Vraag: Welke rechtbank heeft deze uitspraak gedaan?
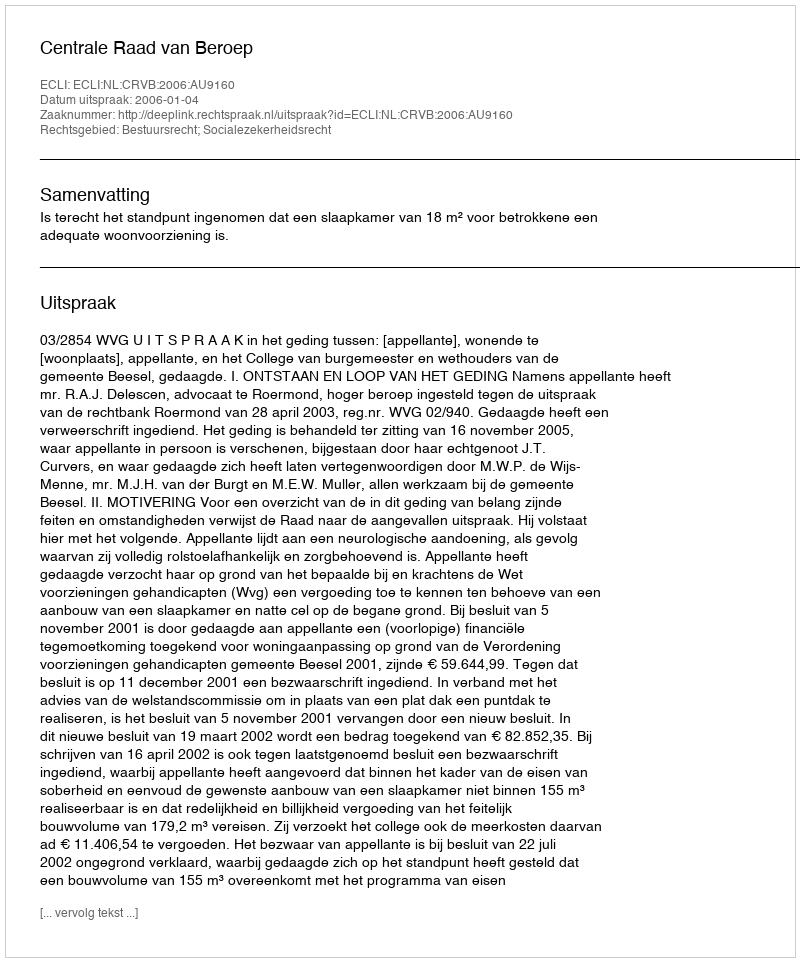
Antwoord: Centrale Raad van Beroep